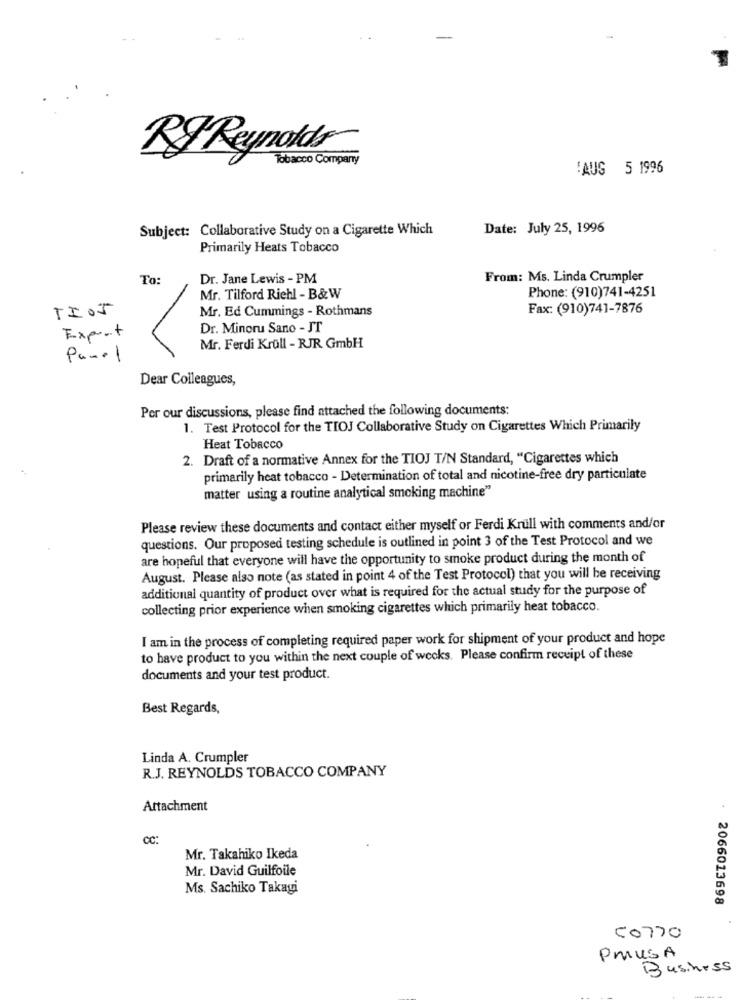
RI Reynolds
Tobacco Company
!AUG 5 1996
Subject: Collaborative Study on a Cigarette Which
Date: July 25, 1996
Primarily Heats Tobacco
To:
Dr. Jane Lewis - PM
From: Ms. Linda Crumpler
Mr. Tilford Riehl - B&W
Phone: (910)741-4251
TIOJ
Mr. Ed Cummings - Rothmans
Fax: (910)741-7876
Expert
Dr. Minoru Sano - JT
Mr. Ferdi Krüll - RJR GmbH
Panel
Dear Colleagues,
Per our discussions, please find attached the following documents:
1. Test Protocol for the TIOJ Collaborative Study on Cigarettes Which Primarily
Heat Tobacco
2. Draft of a normative Annex for the TIOJ T/N Standard, "Cigarettes which
primarily heat tobacco - Determination of total and nicotine-free dry particulate
matter using a routine analytical smoking machine"
Please review these documents and contact either myself or Ferdi Krull with comments and/or
questions. Our proposed testing schedule is outlined in point 3 of the Test Protocol and we
are hopeful that everyone will have the opportunity to smoke product during the month of
August. Please also note (as stated in point 4 of the Test Protocol) that you will be receiving
additional quantity of product over what is required for the actual study for the purpose of
collecting prior experience when smoking cigarettes which primarily heat tobacco.
I am in the process of completing required paper work for shipment of your product and hope
to have product to you within the next couple of weeks. Please confirm receipt of these
documents and your test product.
Best Regards,
Linda A. Crumpler
R.J. REYNOLDS TOBACCO COMPANY
Attachment
CC:
Mr. Takahiko Ikeda
Mr. David Guilfoile
Ms. Sachiko Takagi
2066013698
COTTO
PMUSA
Business